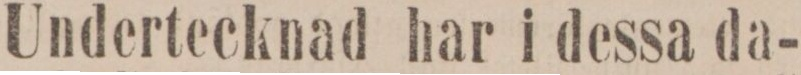
Undertecknad har i dessa da-